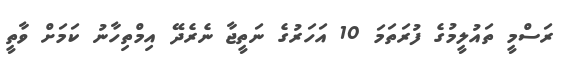
ރަސްމީ ތައުލީމުގެ ފުރަތަމަ 10 އަހަރުގެ ނަތީޖާ ނެރެދޭ އިމްތިހާނު ކަމަށް ވާތީ